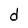
Character: d